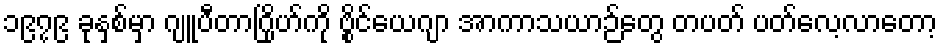
၁၉၇၉ ခုနှစ်မှာ ဂျူပီတာဂြိုဟ်ကို ဗွိုင်ယေဂျာ အာကာသယာဉ်တွေ တပတ် ပတ်လေ့လာတော့